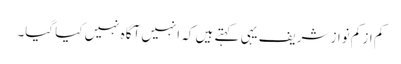
کم از کم نواز شریف یہی کہتے ہیں کہ انہیں آگاہ نہیں کیا گیا۔